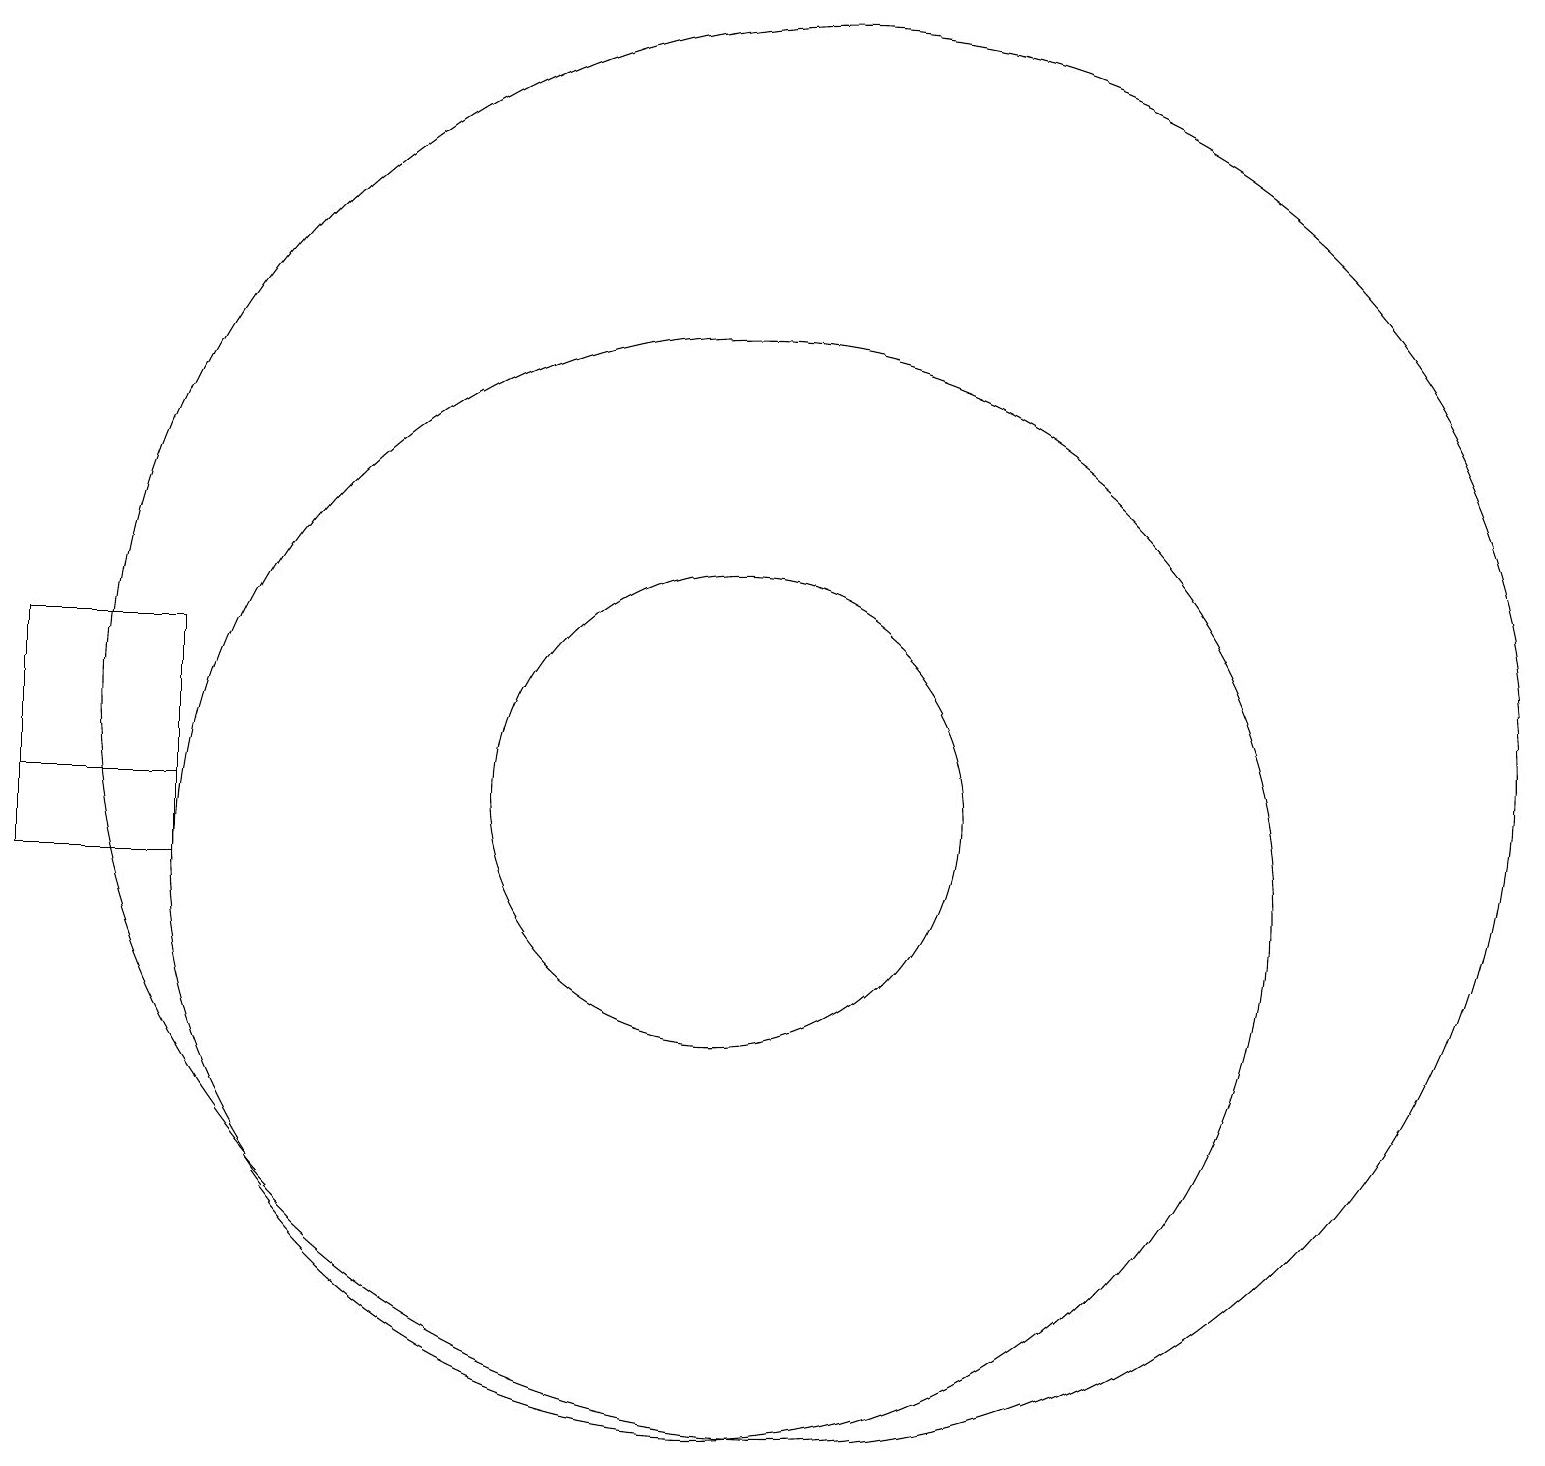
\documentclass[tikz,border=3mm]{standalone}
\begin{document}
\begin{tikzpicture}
\draw (10,10) circle (7);
\draw (11,12) circle (9);
\draw (10,11) circle (3);
\draw (3,10) rectangle (1,13);
\draw (3,11) rectangle (1,13);
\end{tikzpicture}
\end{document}